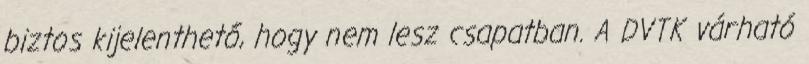
biztos kijelenthető, hogy nem lesz csapatban. A DVTK várható